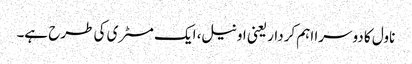
ناول کا دوسرا اہم کردار یعنی اونیل، ایک مسٹری کی طرح ہے۔